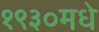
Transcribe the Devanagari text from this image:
१९३०मधे